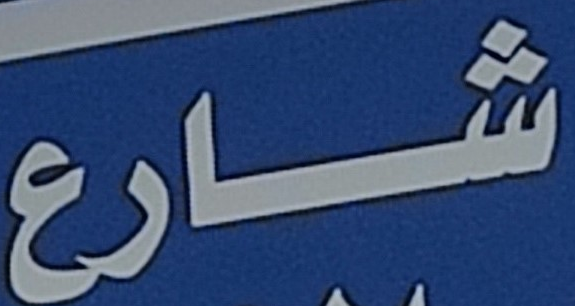
شارع